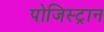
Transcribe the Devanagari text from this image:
पोजिस्ट्रान